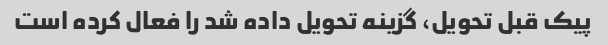
پیک قبل تحویل، گزینه تحویل داده شد را فعال کرده است